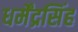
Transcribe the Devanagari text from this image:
धर्मेंद्रसिंह